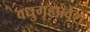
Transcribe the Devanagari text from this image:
वधुगृहप्रवेश